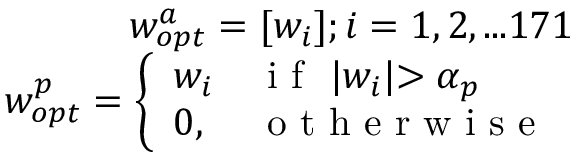
\begin{array} { r } { \boldsymbol { w _ { o p t } ^ { a } } = [ w _ { i } ] ; i = 1 , 2 , . . . 1 7 1 } \\ { \boldsymbol { w _ { o p t } ^ { p } } = \left\{ \begin{array} { l l } { w _ { i } } & { \mathrm { ~ i ~ f ~ } \ \lvert w _ { i } \lvert > \alpha _ { p } } \\ { 0 , } & { \mathrm { ~ o ~ t ~ h ~ e ~ r ~ w ~ i ~ s ~ e ~ } } \end{array} \right. } \end{array}